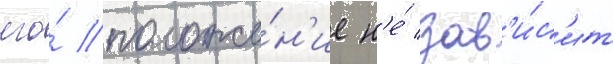
его́ положе́н'ие н'е́ зав'и́с'ит